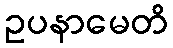
ဥပနာမေတိ